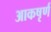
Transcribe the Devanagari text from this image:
आकषृर्ण